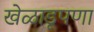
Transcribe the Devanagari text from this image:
खेळाडूपणा